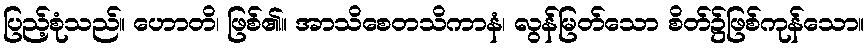
ပြည့်စုံသည်။ ဟောတိ၊ ဖြစ်၏။ အာသိစေတသိကာနံ၊ လွန်မြတ်သော စိတ်၌ဖြစ်ကုန်သော။